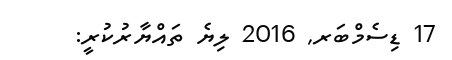
17 ޑިސެމްބަރ